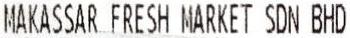
MAKASSAR FRESH MARKET SDN BHD